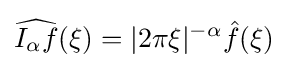
{\widehat {I_{\alpha }f}}(\xi )=|2\pi \xi |^{-\alpha }{\hat {f}}(\xi )